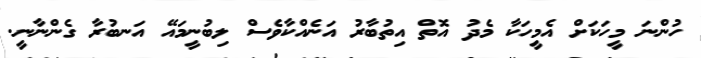
ހުންނަ މީހަކަށް އެމީހަކާ މެދު އޮތް އިތުބާރު އަނެއްކާވެސް ލިބުނީމައޭ އަނބުރާ ގެންނާނީ.